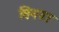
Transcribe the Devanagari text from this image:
विनढा